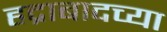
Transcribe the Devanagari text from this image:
हद्राबादच्या